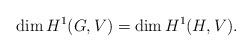
LaTeX: \begin{align*} \dim H^1(G, V) = \dim H^1( H, V). \end{align*}